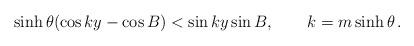
LaTeX: \begin{align*}\sinh \theta (\cos ky-\cos B)<\sin ky\sin B,\qquad k=m\sinh \theta \,.\end{align*}